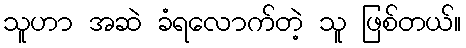
သူဟာ အဆဲ ခံရလောက်တဲ့ သူ ဖြစ်တယ်။